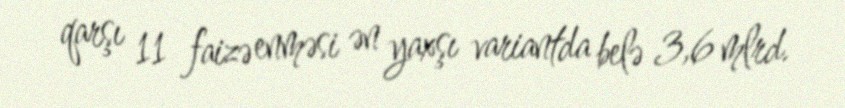
qarşı 11 faizə enməsi ən yaxşı variantda belə 3,6 mlrd.